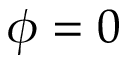
\phi = 0